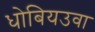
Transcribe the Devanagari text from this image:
धोबियउवा